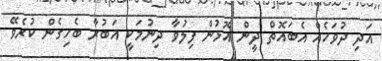
އަދި ދުވަހެއް އެބައޮތް ދީން އޮޅުން ފިލުވާ ދިނުމަކީ އަބުރާ ބެހިގެން ކުރެވޭ